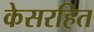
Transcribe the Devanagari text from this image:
केसरहित